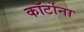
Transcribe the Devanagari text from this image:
कॉर्टोना